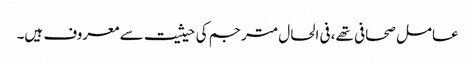
عامل صحافی تھے، فی الحال مترجم کی حیثیت سے معروف ہیں۔